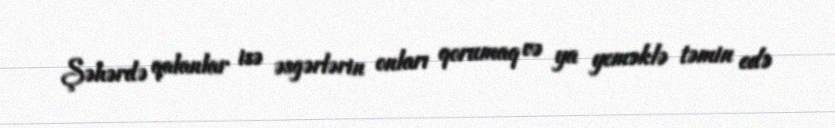
Şəhərdə qalanlar isə əsgərlərin onları qorumaq və ya yeməklə təmin edə